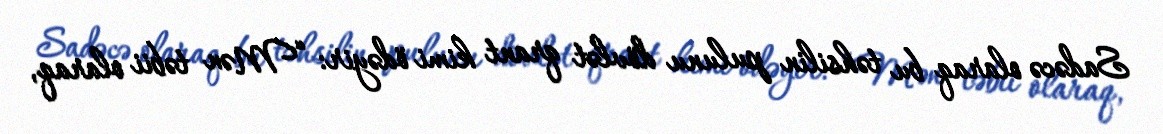
Sadəcə olaraq bu təhsilin pulunu dövlət qrant kimi ödəyir: “Mən təbii olaraq,